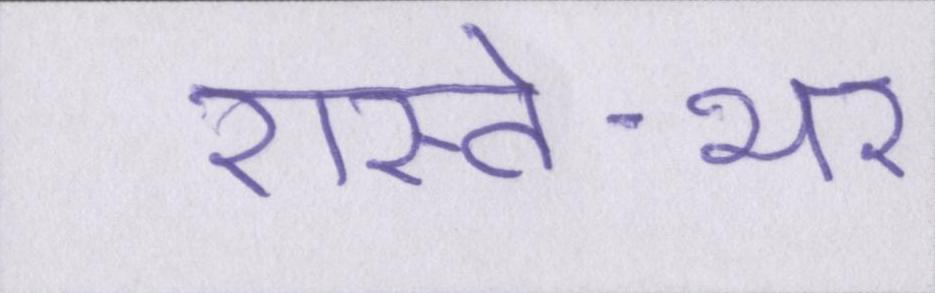
रास्ते-भर